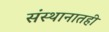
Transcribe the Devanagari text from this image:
संस्थानातही